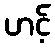
ဟင့်